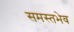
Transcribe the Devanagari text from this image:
समस्तभेव